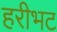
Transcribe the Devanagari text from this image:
हरीभट